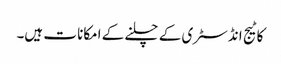
کاٹیج انڈسٹری کے چلنے کے امکانا ت ہیں۔